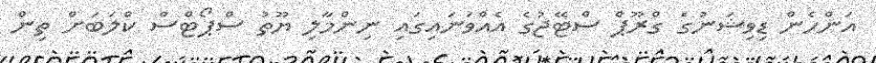
އަންހެން ޑިވިޝަނުގެ ގްރޫޕް ސްޓޭޖުގެ އެއްވަނައިގައި ނިންމާލި ޔޫތު ސްޕޯޓްސް ކްލަބަށް ތިން